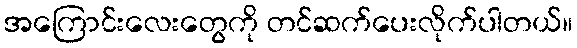
အကြောင်းလေးတွေကို တင်ဆက်ပေးလိုက်ပါတယ်။